Aleksander_Warma, lk 7
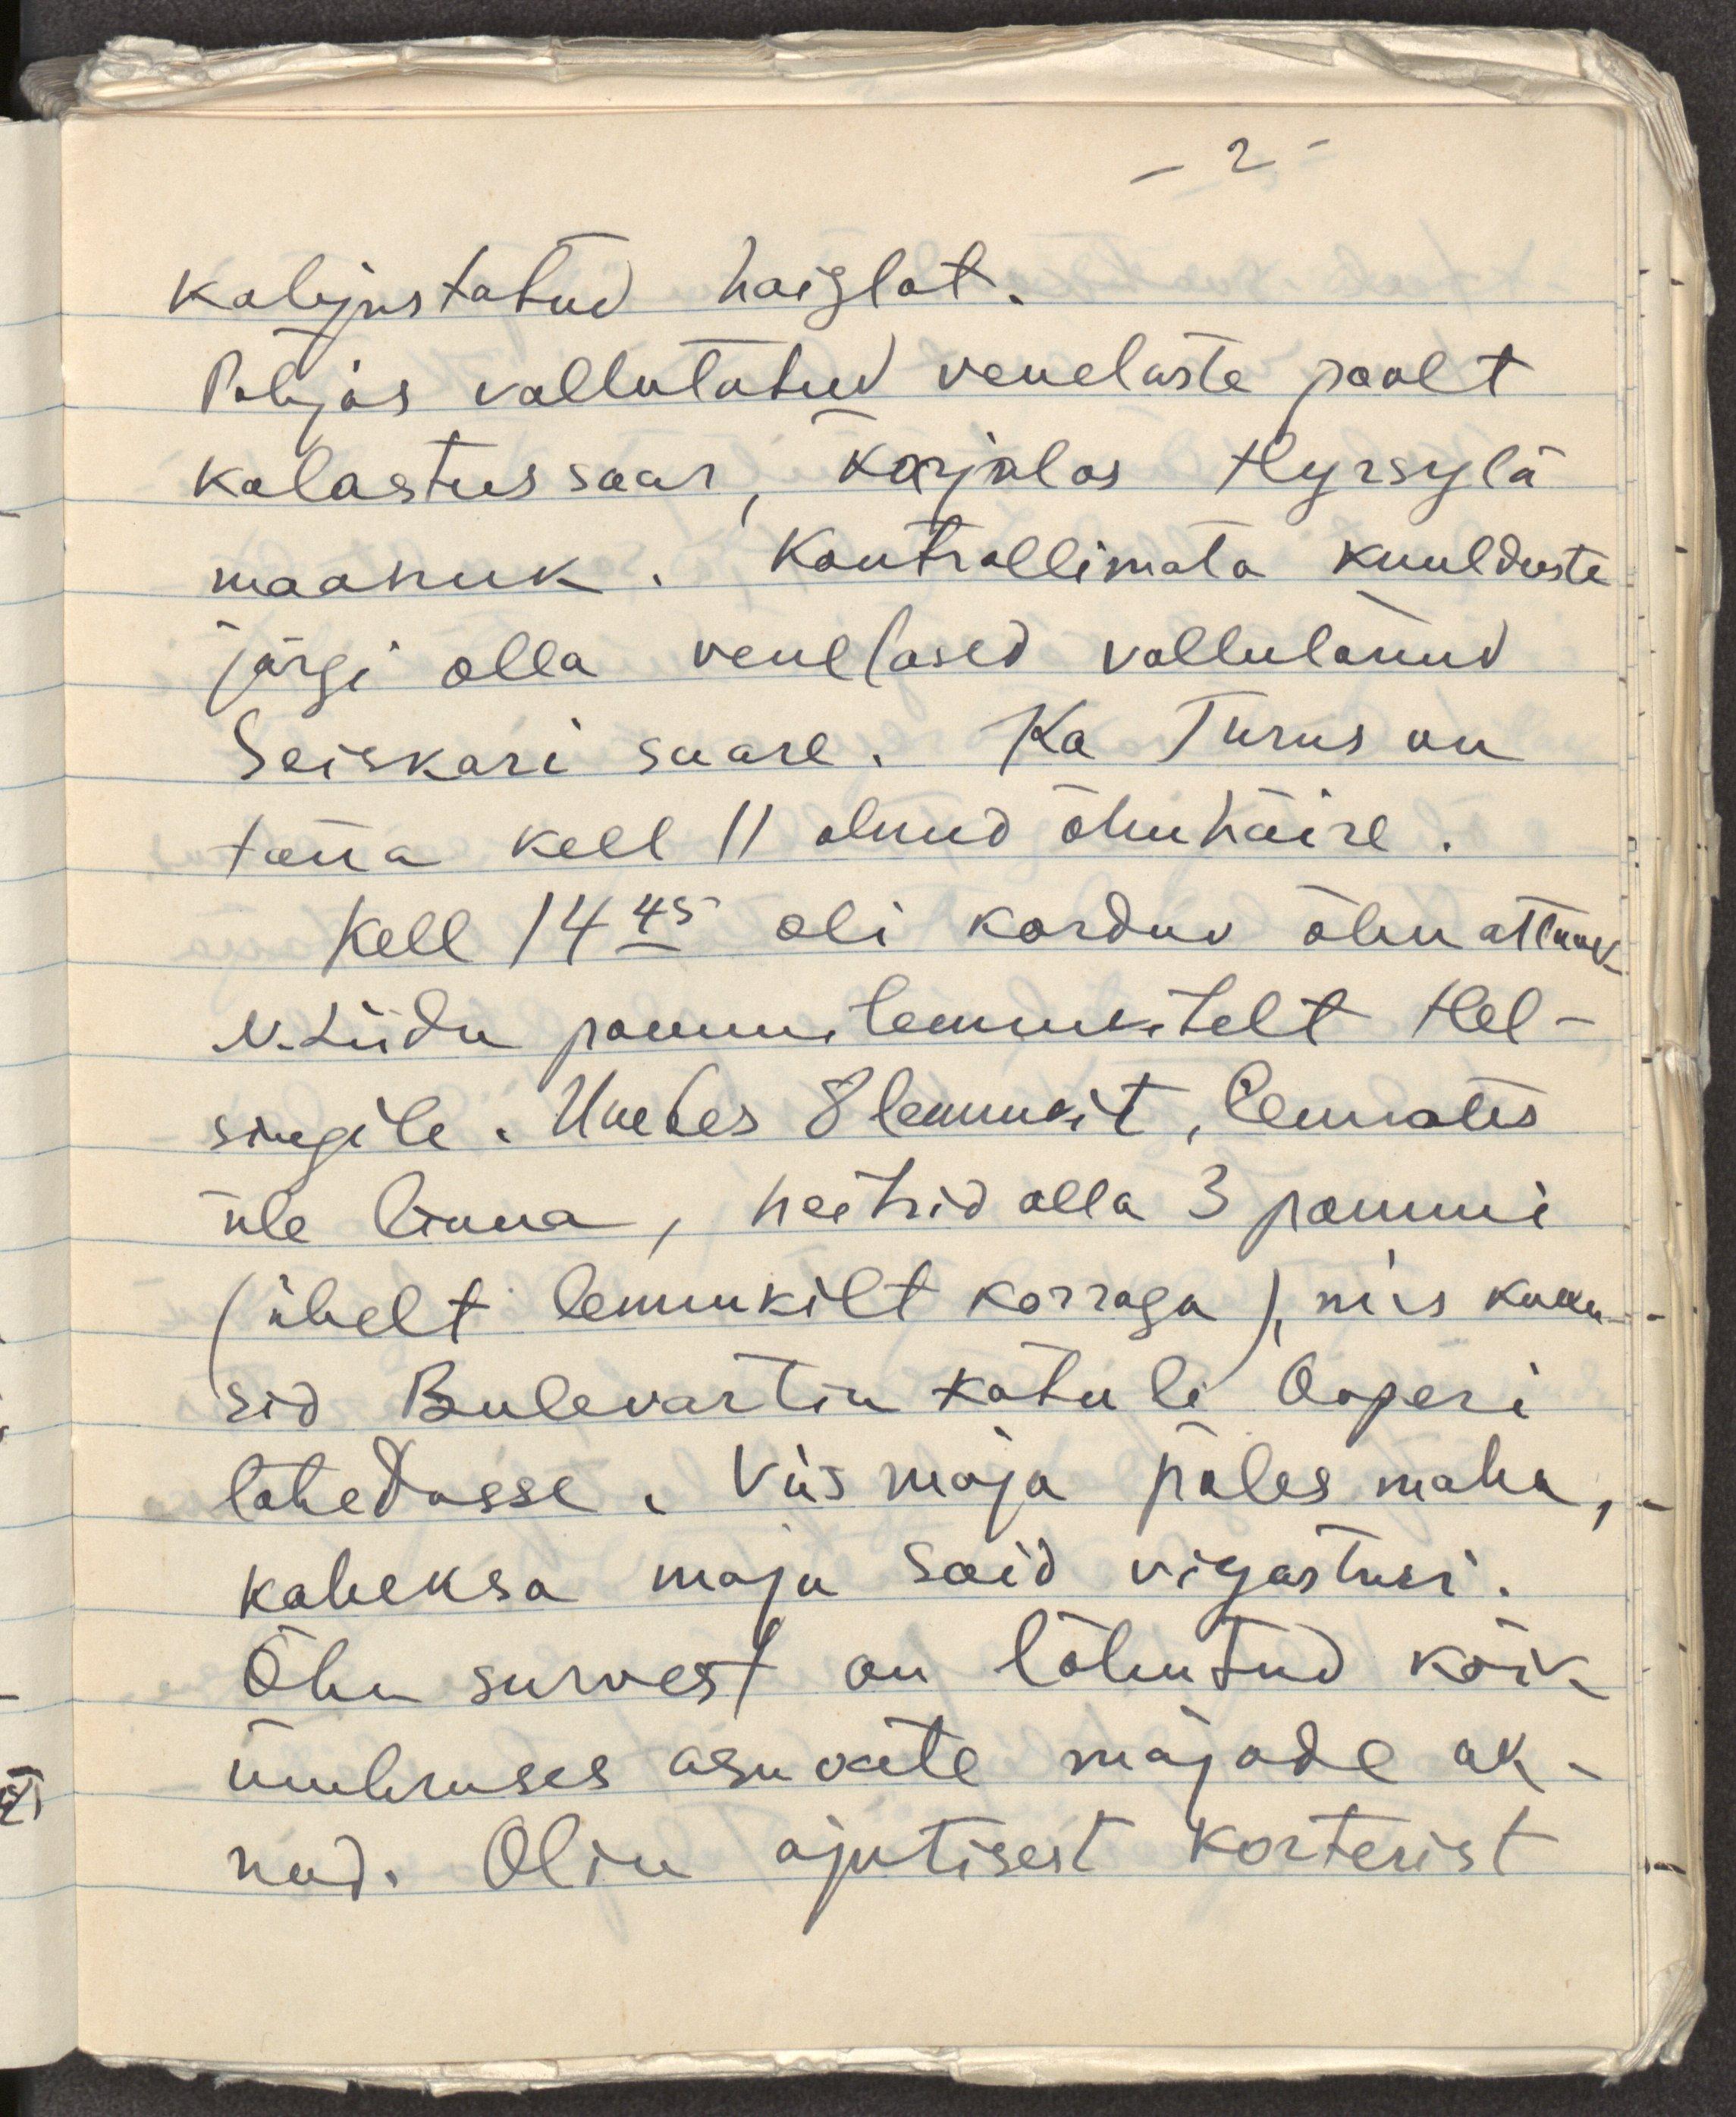
kahjustatud haiglat.
Põhjas vallutatud venelaste poolt
kalastussaar, karjalas Hyrsylä
maanuk. Kontrollimata kuulduste
järgi olla venelased vallutanud
Seiskari saare. Ka Turus on
täna kell 11 olnud õhuhäire.
Kell 14.45 oli korduv õhuattaak
N.Liidu pommilennukitelt Hel-
singile. Umbes 8 lennukit, lennates
üle linna, heitsid alla 3 pommi
(ühelt lennukilt korraga), mis kukku-
sid Bulevartin katule Ooperi
lähedasse. Viis maja põles maha,
kaheksa maja said vigastusi.
Õhu survest on lõhutud kõik
ümbruses asuvate majade ak-
nad. Olin ajutisest korterist